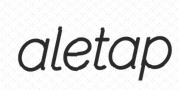
aletap